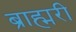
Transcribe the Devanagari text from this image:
ब्राह्मरी